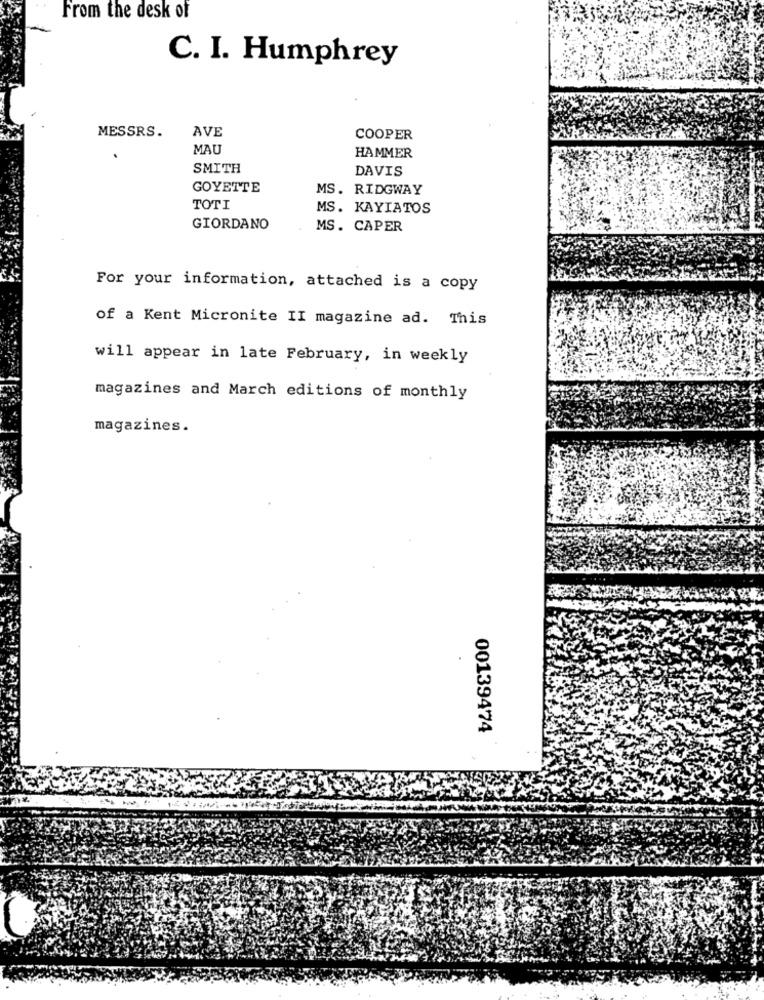
From the desk of
C. I. Humphrey
MESSRS.
AVE
COOPER
MAU
HAMMER
SMITH
DAVIS
GOYETTE
MS. RIDGWAY
TOTI
MS. KAYIATOS
GIORDANO
MS. CAPER
For your information, attached is a copy
of a Kent Micronite II magazine ad. This
will appear in late February, in weekly
magazines and March editions of monthly
magazines.
00139474